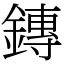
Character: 鏄